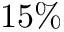
1 5 \%